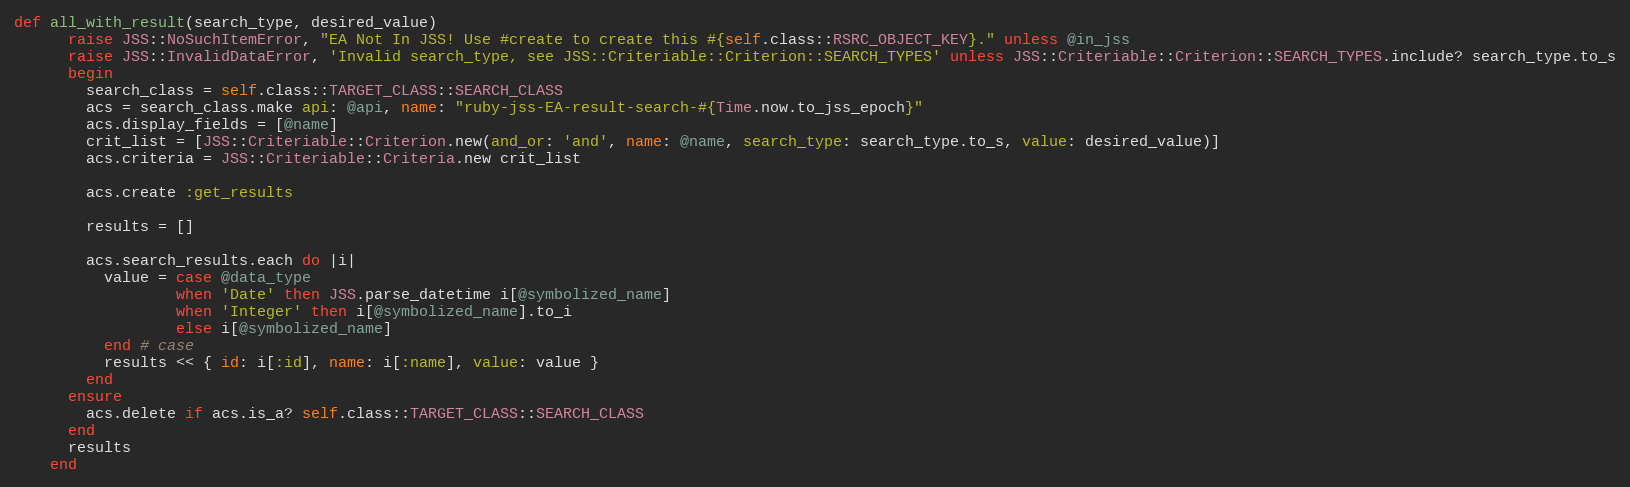
Language: Ruby
def all_with_result(search_type, desired_value)
      raise JSS::NoSuchItemError, "EA Not In JSS! Use #create to create this #{self.class::RSRC_OBJECT_KEY}." unless @in_jss
      raise JSS::InvalidDataError, 'Invalid search_type, see JSS::Criteriable::Criterion::SEARCH_TYPES' unless JSS::Criteriable::Criterion::SEARCH_TYPES.include? search_type.to_s
      begin
        search_class = self.class::TARGET_CLASS::SEARCH_CLASS
        acs = search_class.make api: @api, name: "ruby-jss-EA-result-search-#{Time.now.to_jss_epoch}"
        acs.display_fields = [@name]
        crit_list = [JSS::Criteriable::Criterion.new(and_or: 'and', name: @name, search_type: search_type.to_s, value: desired_value)]
        acs.criteria = JSS::Criteriable::Criteria.new crit_list

        acs.create :get_results

        results = []

        acs.search_results.each do |i|
          value = case @data_type
                  when 'Date' then JSS.parse_datetime i[@symbolized_name]
                  when 'Integer' then i[@symbolized_name].to_i
                  else i[@symbolized_name]
          end # case
          results << { id: i[:id], name: i[:name], value: value }
        end
      ensure
        acs.delete if acs.is_a? self.class::TARGET_CLASS::SEARCH_CLASS
      end
      results
    end